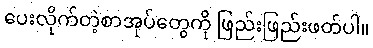
ပေးလိုက်တဲ့စာအုပ်တွေကို ဖြည်းဖြည်းဖတ်ပါ။